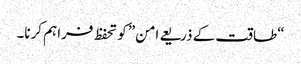
“طاقت کے ذریعے امن” کو تحفظ فراہم کرنا۔